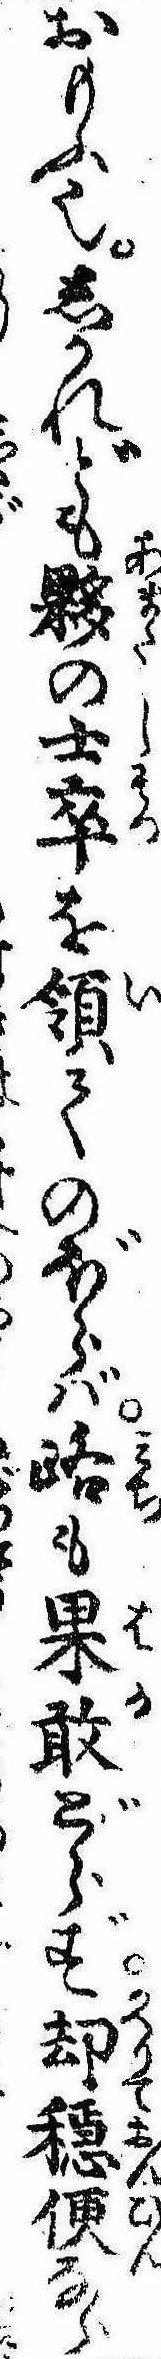
おもふ也しかれども夥の士卒を領てのぼらば路も果敢どらず却穏便なら